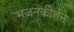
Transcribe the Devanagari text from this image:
भजनकीर्तन